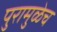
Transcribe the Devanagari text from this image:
पुरामुळेच